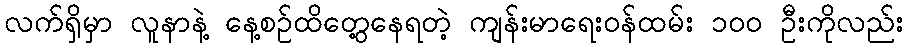
လက်ရှိမှာ လူနာနဲ့ နေ့စဉ်ထိတွေ့နေရတဲ့ ကျန်းမာရေးဝန်ထမ်း ၁၀၀ ဦးကိုလည်း